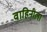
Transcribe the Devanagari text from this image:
वाहिनीला